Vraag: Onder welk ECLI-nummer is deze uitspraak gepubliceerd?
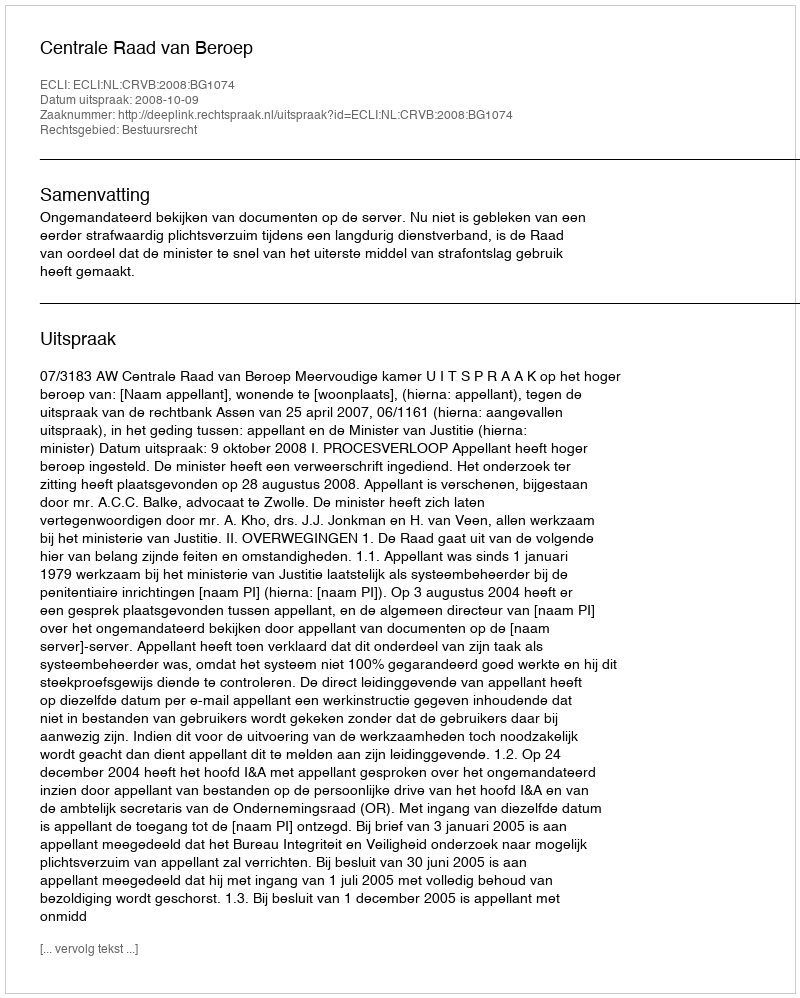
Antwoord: ECLI:NL:CRVB:2008:BG1074